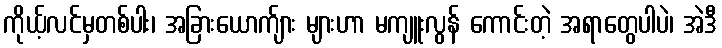
ကိုယ့်လင်မှတစ်ပါး၊ အခြားယောက်ျား များဟာ မကျူးလွန် ကောင်းတဲ့ အရာတွေပါပဲ၊ အဲဒီ